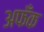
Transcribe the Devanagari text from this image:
अफँक